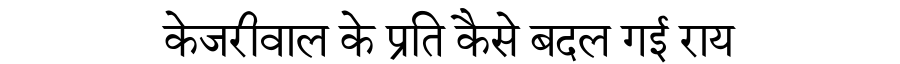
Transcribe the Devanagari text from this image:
केजरीवाल के प्रति कैसे बदल गई राय